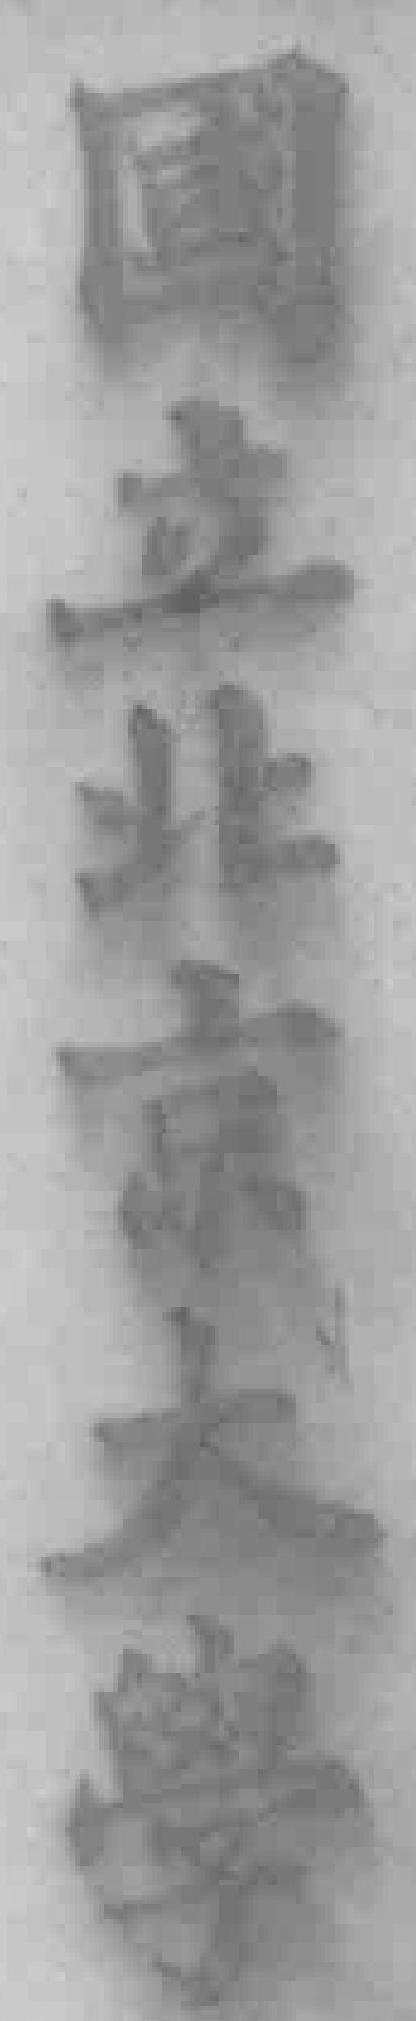
國立北京大学